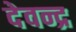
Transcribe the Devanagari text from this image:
देवन्द्र